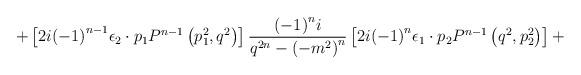
LaTeX: \begin{align*}+ \left[ 2i {\left(-1\right)}^{n-1}{\epsilon}_2 \cdot p_1 P^{n-1} \left(p_1^2,q^2 \right) \right]\frac { {\left(-1\right)}^n i } { q^{2n} - {\left(-m^2 \right)}^n }\left[ 2i{\left(-1\right)}^n {\epsilon}_1 \cdot p_2 P^{n-1} \left(q^2,p_2^2 \right) \right] +\end{align*}